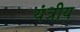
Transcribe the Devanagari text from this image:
यंत्रीय